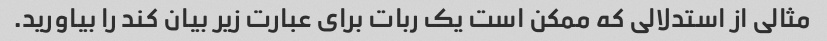
مثالی از استدلالی که ممکن است یک ربات برای عبارت زیر بیان کند را بیاورید.